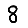
Digit: 8